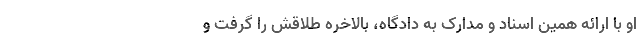
او با ارائه همین اسناد و مدارک به دادگاه، بالاخره طلاقش را گرفت و